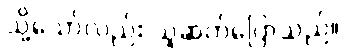
သို့သော်လည်း သူဆက်ပြောသည်။